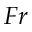
F r